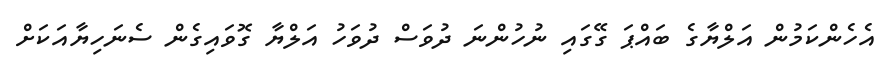
އެހެންކަމުން އަލްޔާގެ ބައްޕަ ގޭގައި ނުހުންނަ ދުވަސް ދުވަހު އަލްޔާ ގޮވައިގެން ސެނަހިޔާއަކަށް